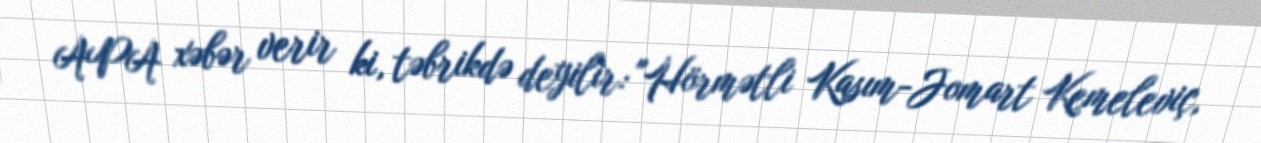
APA xəbər verir ki, təbrikdə deyilir: "Hörmətli Kasım-Jomart Kemeleviç,